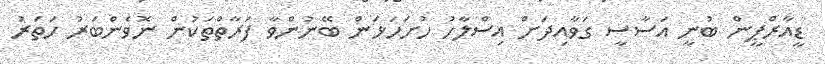
ޑީއާރްޕީން ބުނީ އަސާސީ ގަވާއިދަށް އިސްލާހު ހުށަހަޅަން ބޭނުންވާ ފަރާތްތަކުން ނޮވެންބަރު ހަތަރު